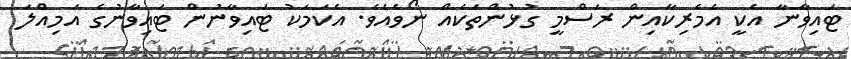
ޓައިވާނާ އެކީ އެމެރިކާއިން ރަސްމީ ގުޅުންތަކެއް ނޯވެއެވެ. އެކަމަކު ޓައިވާނުން ޓައިވާނުގެ އަމިއްލަ